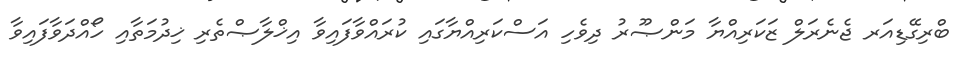
ބްރިގޭޑިއަރ ޖެނެރަލް ޒަކަރިއްޔާ މަންޞޫރު ދިވެހި އަސްކަރިއްޔާގައި ކުރައްވާފައިވާ އިޚްލާޞްތެރި ޚިދުމަތާއި ހޯއްދަވާފައިވާ